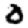
Digit: 0